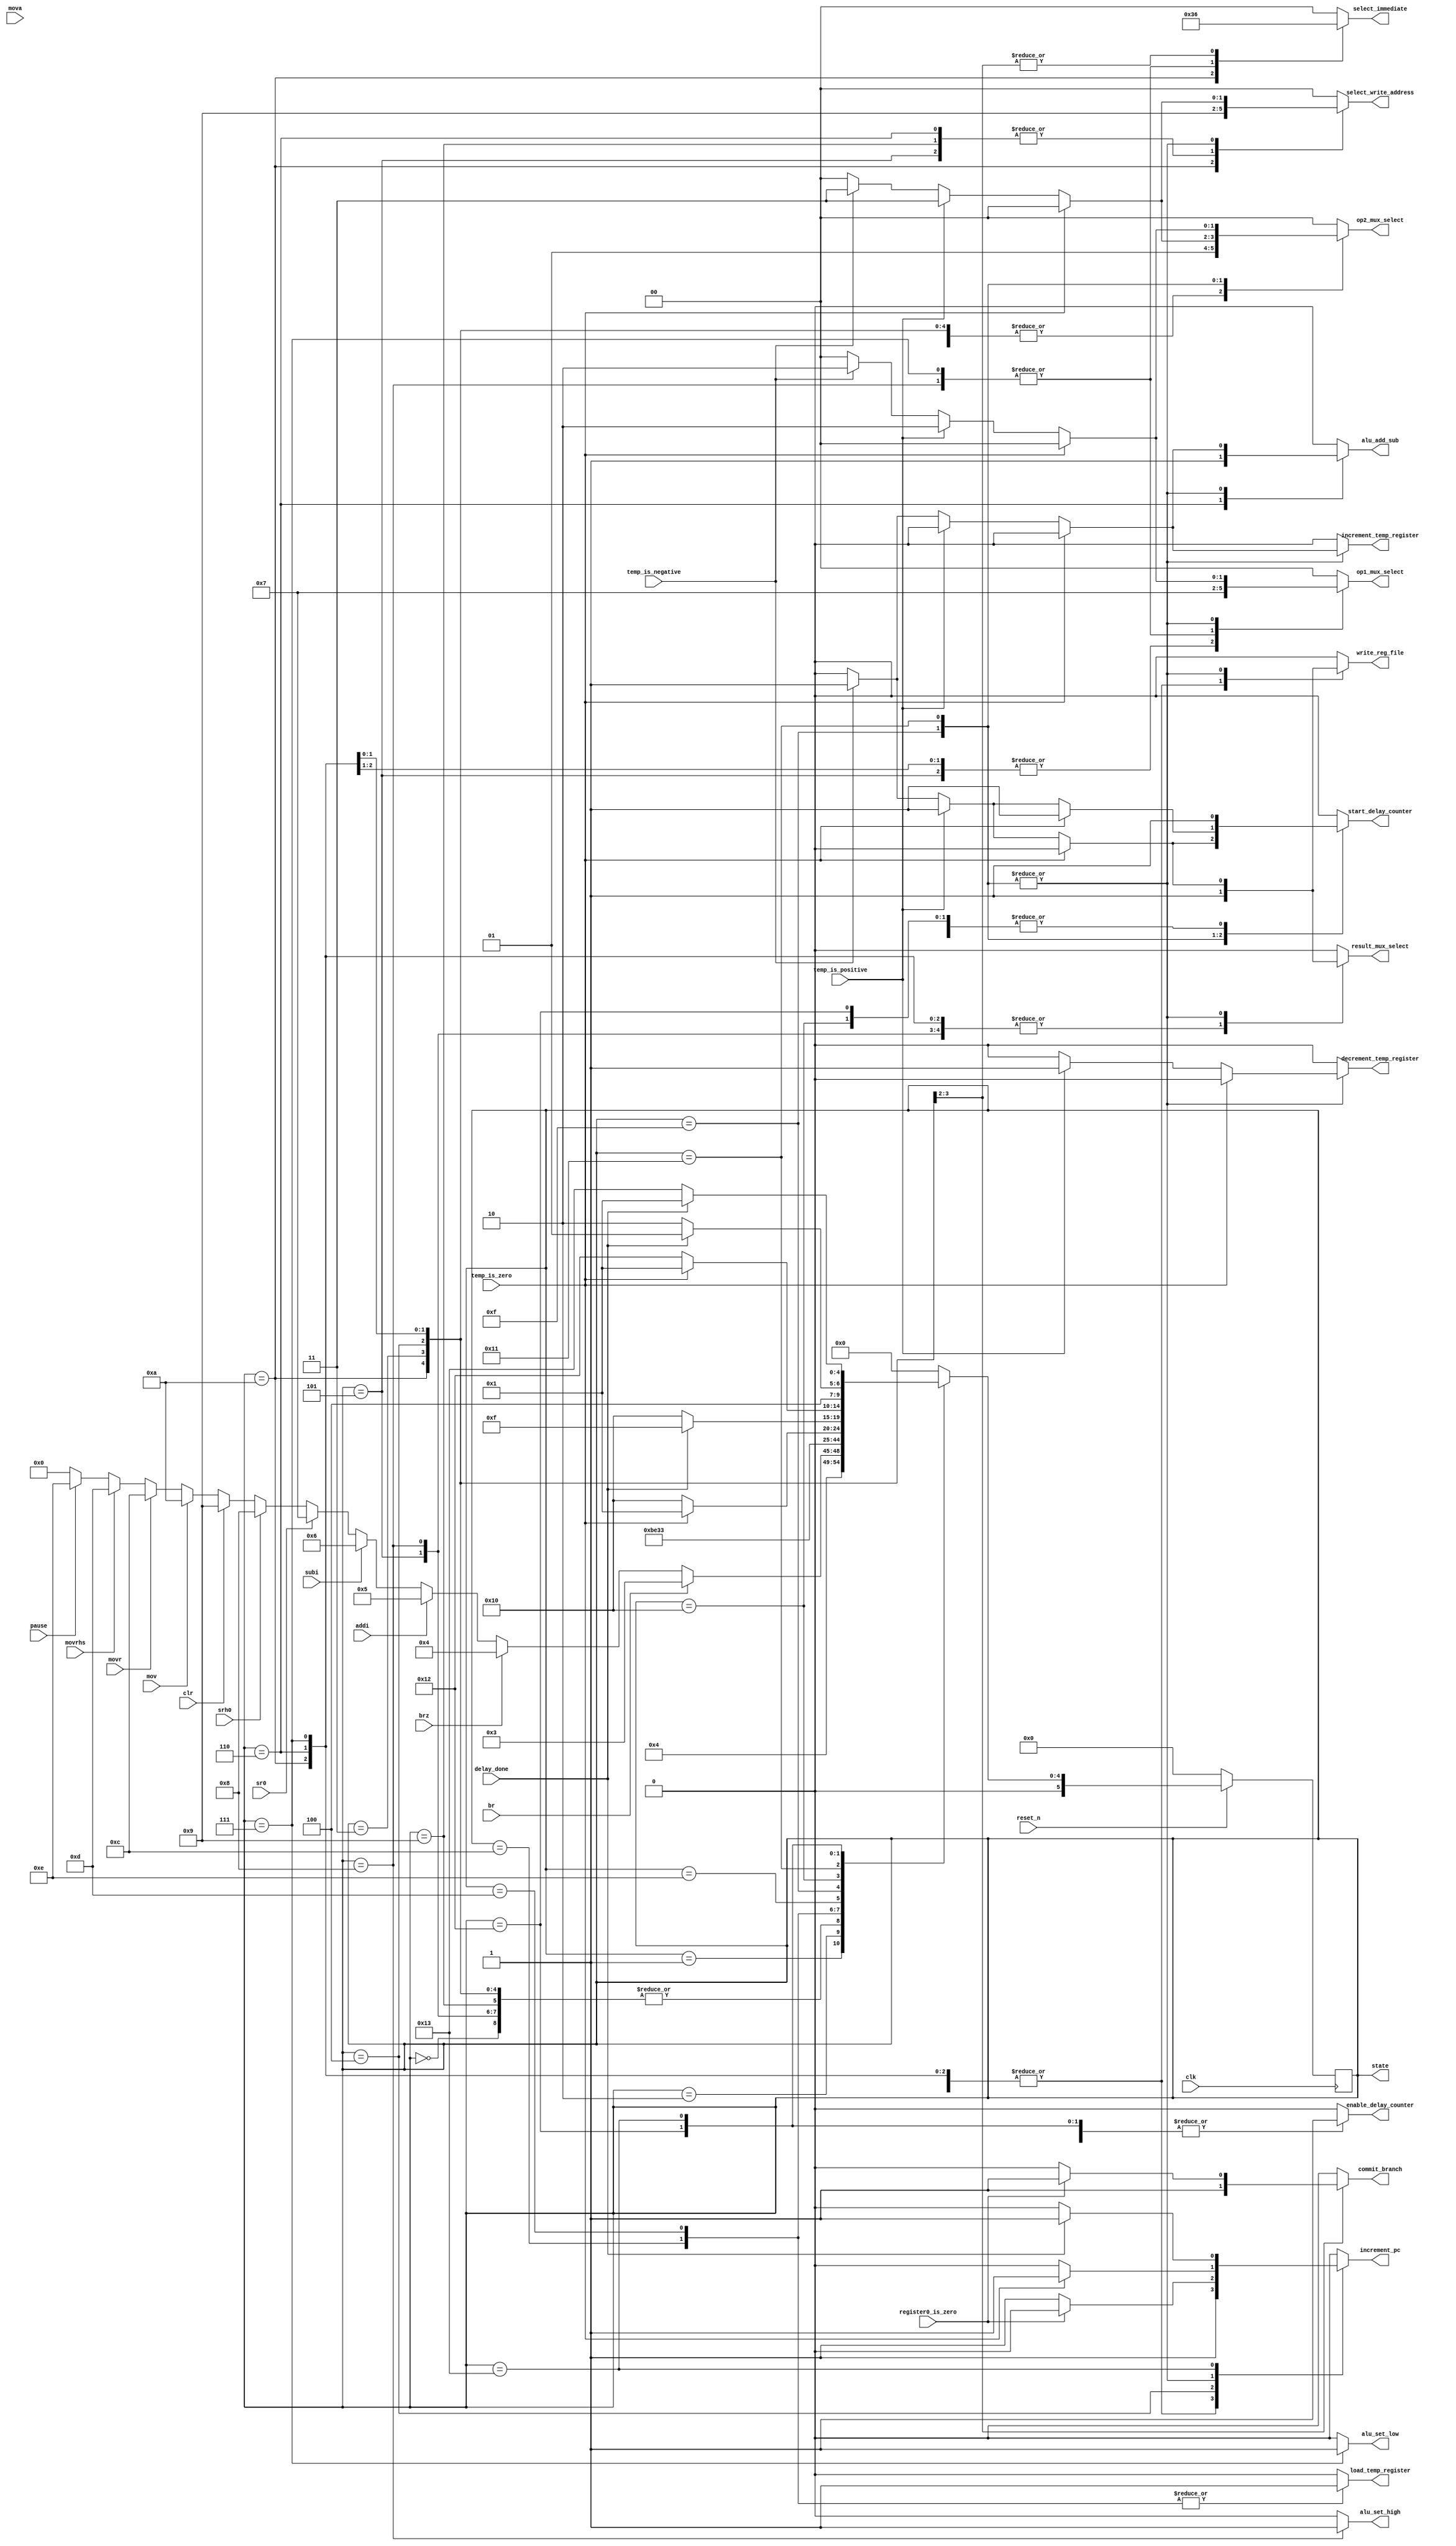
module control_fsm (
	input clk, reset_n,
	// Status inputs
	input br, brz, addi, subi, sr0, srh0, clr, mov, mova, movr, movrhs, pause,
	input delay_done,
	input temp_is_positive, temp_is_negative, temp_is_zero,
	input register0_is_zero,
	// Control signal outputs
	output reg write_reg_file,
	output reg result_mux_select,
	output reg [1:0] op1_mux_select, op2_mux_select,
	output reg start_delay_counter, enable_delay_counter,
	output reg commit_branch, increment_pc,
	output reg alu_add_sub, alu_set_low, alu_set_high,
	output reg load_temp_register, increment_temp_register, decrement_temp_register,
	output reg [1:0] select_immediate,
	output reg [5:0] state, //for testing
	output reg [1:0] select_write_address
	
);
parameter RESET=5'b00000, FETCH=5'b00001, DECODE=5'b00010,
			BR=5'b00011, BRZ=5'b00100, ADDI=5'b00101, SUBI=5'b00110, SR0=5'b00111,
			SRH0=5'b01000, CLR=5'b01001, MOV=5'b01010, MOVA=5'b01011,
			MOVR=5'b01100, MOVRHS=5'b01101, PAUSE=5'b01110, MOVR_STAGE2=5'b01111,
			MOVR_DELAY=5'b10000, MOVRHS_STAGE2=5'b10001, MOVRHS_DELAY=5'b10010,
			PAUSE_DELAY=5'b10011;

//reg [5:0] state;
reg [5:0] next_state_logic; // NOT REALLY A REGISTER!!!

// Next state logic
always@(*)
begin
	case(state)
		RESET: next_state_logic = FETCH;
		FETCH: next_state_logic = DECODE;
		DECODE: 
		begin
			if(br) next_state_logic = BR;
			else if(brz) next_state_logic = BRZ;
			else if(addi) next_state_logic = ADDI;
			else if(subi) next_state_logic = SUBI;
			else if(sr0) next_state_logic = SR0;
			else if(srh0) next_state_logic = SRH0;
			else if(clr) next_state_logic = CLR;
			else if(mov) next_state_logic = MOV;
			else if(movr) next_state_logic = MOVR;
			else if(movrhs) next_state_logic = MOVRHS;
			else if(pause) next_state_logic = PAUSE;
			else next_state_logic = RESET;
		end
		BR: next_state_logic = FETCH;
		BRZ: next_state_logic = FETCH;
		ADDI: next_state_logic = FETCH;
		SUBI: next_state_logic = FETCH;
		SR0: next_state_logic = FETCH;
		SRH0: next_state_logic = FETCH;
		CLR: next_state_logic = FETCH;
		MOV: next_state_logic = FETCH;
		MOVR: next_state_logic = MOVR_STAGE2;
		MOVRHS: next_state_logic = MOVRHS_STAGE2;
		PAUSE: next_state_logic = PAUSE_DELAY;
		MOVR_STAGE2: 
			begin
				if(temp_is_zero) next_state_logic = FETCH;
				else next_state_logic = MOVR_DELAY;
			end
		MOVR_DELAY: 
			begin
				if(delay_done) next_state_logic = MOVR_STAGE2;
				else next_state_logic = MOVR_DELAY;
			end	
		MOVRHS_STAGE2:
			 begin
				if(temp_is_zero) next_state_logic = FETCH;
				else next_state_logic = MOVRHS_DELAY;
			end
		MOVRHS_DELAY:
			 begin
				if(delay_done) next_state_logic = MOVRHS_STAGE2;
				else next_state_logic = MOVRHS_DELAY;
			end
		PAUSE_DELAY:
			 begin
				if(delay_done) next_state_logic = FETCH;
				else next_state_logic = PAUSE_DELAY;
			end
		default:next_state_logic=RESET;
	endcase
end

// State register
always@(posedge clk)
	begin
		if(!reset_n) state = RESET;
		else state = next_state_logic;
	end
// Output logic
always@(*)
	begin
	write_reg_file = 1'b0;
	result_mux_select = 1'b0;
	op1_mux_select = 2'b00;
	op2_mux_select = 2'b00;
	start_delay_counter = 1'b0;
	enable_delay_counter = 1'b0;
	commit_branch = 1'b0;
	increment_pc = 1'b0;
	alu_add_sub = 1'b0;
	alu_set_low = 1'b0;
	alu_set_high = 1'b0;
	load_temp_register = 1'b0;
	increment_temp_register = 1'b0;
	decrement_temp_register = 1'b0;
	select_immediate = 2'b00;
	select_write_address = 2'b00;
	case(state)
		ADDI:
		begin
			  write_reg_file = 1'b1;
			  result_mux_select = 1'b1;
			  op1_mux_select = 2'b01;
			  op2_mux_select = 2'b01;
			  increment_pc = 1'b1;
			  select_write_address = 2'b01;
		end
		SUBI:
		begin
		  write_reg_file = 1'b1;
		  result_mux_select = 1'b1;
		  op1_mux_select = 2'b01;
		  op2_mux_select = 2'b01;
		  increment_pc = 1'b1;
		  alu_add_sub = 1'b1;
		  select_write_address = 2'b01;
		end
		MOV:
		begin
			write_reg_file = 1'b1;
			result_mux_select = 1'b1;
			op1_mux_select = 2'b01;
			op2_mux_select = 2'b01;
			increment_pc = 1'b1;
			alu_add_sub = 1'b0;
			alu_set_low = 1'b0;
			alu_set_high = 1'b0;
			select_immediate = 2'b11;
			select_write_address = 2'b10;
		end
		SR0:
		begin
			write_reg_file = 1'b1;
			result_mux_select = 1'b1; //write data;
			op1_mux_select = 2'b11;//select register0;
			op2_mux_select = 2'b01; //select immediate;
			increment_pc = 1'b1; //increment the PC;
			alu_set_low = 1'b1;
			select_immediate = 2'b01;
		end
		SRH0:
		begin
			write_reg_file = 1'b1;
			result_mux_select = 1'b1; //write data;
			op1_mux_select = 2'b11; //select register0;
			op2_mux_select = 2'b01; //select immediate;
			increment_pc = 1'b1; //increment the PC;
			alu_set_high = 1'b1;
			select_immediate = 2'b01;
		end
		CLR:
		begin
			write_reg_file = 1'b1;
			increment_pc = 1'b1;
			select_write_address = 2'b01;
		end
		BR:
		begin
			op2_mux_select = 2'b01;
			select_immediate = 2'b10;
			commit_branch = 1'b1;
		end
		BRZ:
		begin
			op2_mux_select = 2'b01;
			select_immediate = 2'b10;
			if(register0_is_zero)
				begin
					commit_branch = 1'b1;
				end
			else
				begin
					increment_pc = 1'b1;
				end
		end
		MOVR:load_temp_register = 1'b1;
		MOVR_STAGE2:
		begin//begin stage 2
			if (temp_is_zero)
				begin
					increment_pc = 1'b1;
					//start_delay_counter = 1'b1;
					//enable_delay_counter = 1'b0;
				end	
			else if(temp_is_positive)
				begin
					start_delay_counter = 1'b1;
					decrement_temp_register = 1'b1;
					op1_mux_select = 2'b10;
					op2_mux_select = 2'b11;//full step;
					write_reg_file = 1'b1;
					result_mux_select = 1'b1;
					select_write_address = 2'b11;
				end
			else if (temp_is_negative)
				begin
					start_delay_counter = 1'b1;
					op1_mux_select = 2'b10;
					op2_mux_select = 2'b11; //full step;
					alu_add_sub = 1'b1;
					write_reg_file = 1'b1;
					result_mux_select = 1'b1;
					increment_temp_register = 1'b1;
					select_write_address = 2'b11;
				end
			else increment_pc = 1'b0;
		end
		MOVR_DELAY: 
		begin
			enable_delay_counter = 1'b1;
			start_delay_counter = 1'b1;
		end
		MOVRHS: load_temp_register = 1'b1;
		MOVRHS_STAGE2:
		begin//begin stage 2
			if (temp_is_zero)
				begin
					increment_pc = 1'b1;
					start_delay_counter = 1'b1;
					enable_delay_counter = 1'b0;
				end	
			else if(temp_is_positive)
				begin
					start_delay_counter = 1'b1;
					enable_delay_counter = 1'b0;
					decrement_temp_register = 1'b1;
					op1_mux_select = 2'b10;
					op2_mux_select = 2'b10;//half step;
					write_reg_file = 1'b1;
					result_mux_select = 1'b1;
					increment_temp_register = 1'b0;
					select_write_address = 2'b11;
				end
			else if (temp_is_negative)
				begin
					increment_pc = 1'b0;
					start_delay_counter = 1'b1;
					enable_delay_counter = 1'b0;
					decrement_temp_register = 1'b0;
					op1_mux_select = 2'b10;
					op2_mux_select = 2'b10; //half step;
					alu_add_sub = 1'b1;
					write_reg_file = 1'b1;
					result_mux_select = 1'b1;
					increment_temp_register = 1'b1;
					select_write_address = 2'b11;
				end
			else increment_pc = 1'b0;
		end
		MOVRHS_DELAY:
		begin
			enable_delay_counter = 1'b1;
			start_delay_counter = 1'b1;
		end
		PAUSE: start_delay_counter = 1'b1;
		PAUSE_DELAY:
			begin
				 //start_delay_counter = 1'b1;
				 enable_delay_counter = 1'b1;
				 if (delay_done) increment_pc = 1'b1;
			end
		default: increment_pc = 1'b0;
	endcase
end

endmodule